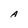
Character: A